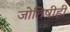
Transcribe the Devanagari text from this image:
जोतिषीही